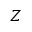
Z